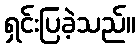
ရှင်းပြခဲ့သည်။